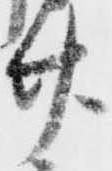
廿